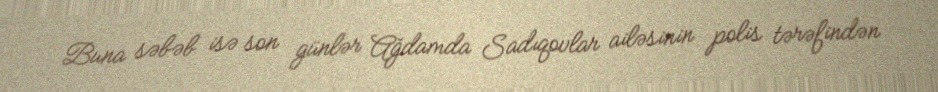
Buna səbəb isə son günlər Ağdamda Sadıqovlar ailəsinin polis tərəfindən